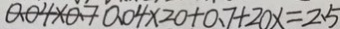
0 . 0 4 \times 0 . 7 0 . 0 4 \times 2 0 + 0 . 7 + 2 0 x = 2 . 5